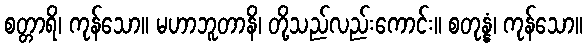
စတ္တာရိ၊ ကုန်သော။ မဟာဘူတာနိ၊ တို့သည်လည်းကောင်း။ စတုန္နံ၊ ကုန်သော။